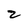
Character: Z